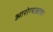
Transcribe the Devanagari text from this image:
आरोग्यआशा